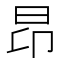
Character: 昂